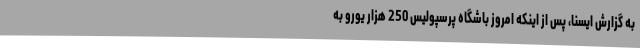
به گزارش ایسنا، پس از اینکه امروز باشگاه پرسپولیس 250 هزار یورو به